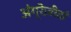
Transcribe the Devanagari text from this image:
अंग्रेज़ीदाँ